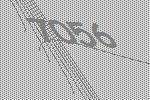
7056